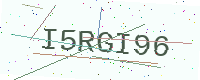
Text: I5RGI96